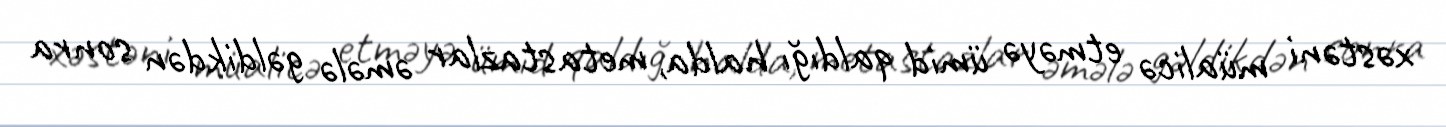
xəstəni müalicə etməyə ümid qaldığı halda, metastazlar əmələ gəldikdən sonra